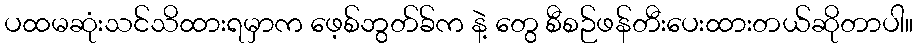
ပထမဆုံးသင်သိထားရမှာက ဖေ့စ်ဘွတ်ခ်က နဲ့ တွေ စီစဉ်ဖန်တီးပေးထားတယ်ဆိုတာပါ။